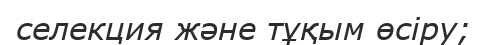
селекция және тұқым өсіру;